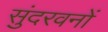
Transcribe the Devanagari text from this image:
सुंदरवनों